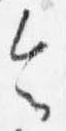
令